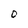
Character: 0